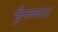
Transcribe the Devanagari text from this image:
फुँफकारा